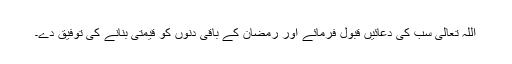
اللہ تعالیٰ سب کی دعائیں قبول فرمائے اور رمضان کے باقی دنوں کو قیمتی بنانے کی توفیق دے۔